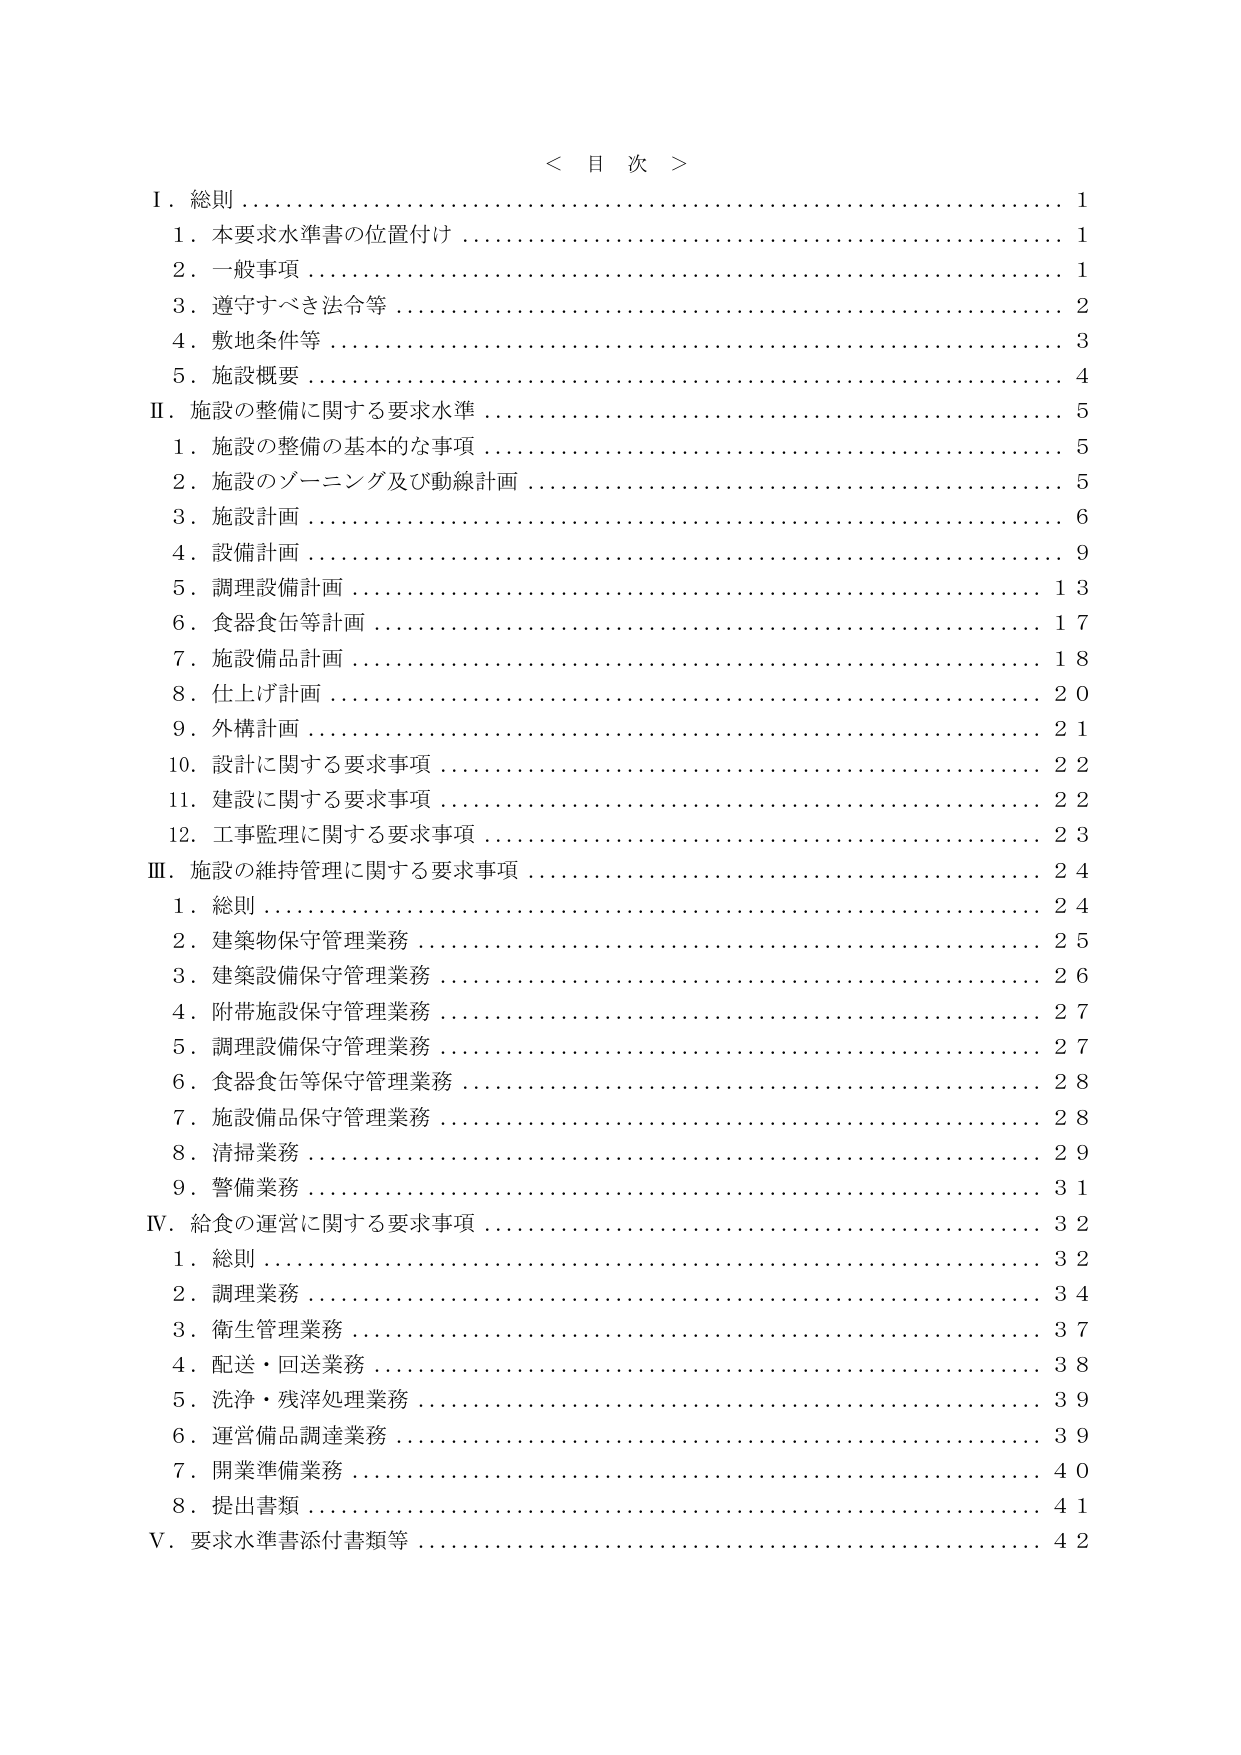
＜ 目 次 ＞

Ⅰ．総則 1
　1．本要求水準書の位置付け 1
　2．一般事項 1
　3．遵守すべき法令等 2
　4．敷地条件等 3
　5．施設概要 4

Ⅱ．施設の整備に関する要求水準 5
　1．施設の整備の基本的な事項 5
　2．施設のゾーニング及び動線計画 5
　3．施設計画 6
　4．設備計画 9
　5．調理設備計画 13
　6．食器食缶等計画 17
　7．施設備品計画 18
　8．仕上げ計画 20
　9．外構計画 21
　10．設計に関する要求事項 22
　11．建設に関する要求事項 22
　12．工事監理に関する要求事項 23

Ⅲ．施設の維持管理に関する要求事項 24
　1．総則 24
　2．建築物保守管理業務 25
　3．建築設備保守管理業務 26
　4．附帯施設保守管理業務 27
　5．調理設備保守管理業務 27
　6．食器食缶等保守管理業務 28
　7．施設備品保守管理業務 28
　8．清掃業務 29
　9．警備業務 31

Ⅳ．給食の運営に関する要求事項 32
　1．総則 32
　2．調理業務 34
　3．衛生管理業務 37
　4．配送・回送業務 38
　5．洗浄・残滓処理業務 39
　6．運営備品調達業務 39
　7．開業準備業務 40
　8．提出書類 41

Ⅴ．要求水準書添付書類等 42